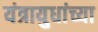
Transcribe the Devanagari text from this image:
यंत्रायुधांच्या